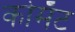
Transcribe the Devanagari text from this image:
कोमॅट